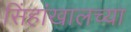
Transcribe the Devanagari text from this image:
सिंहांखालच्या